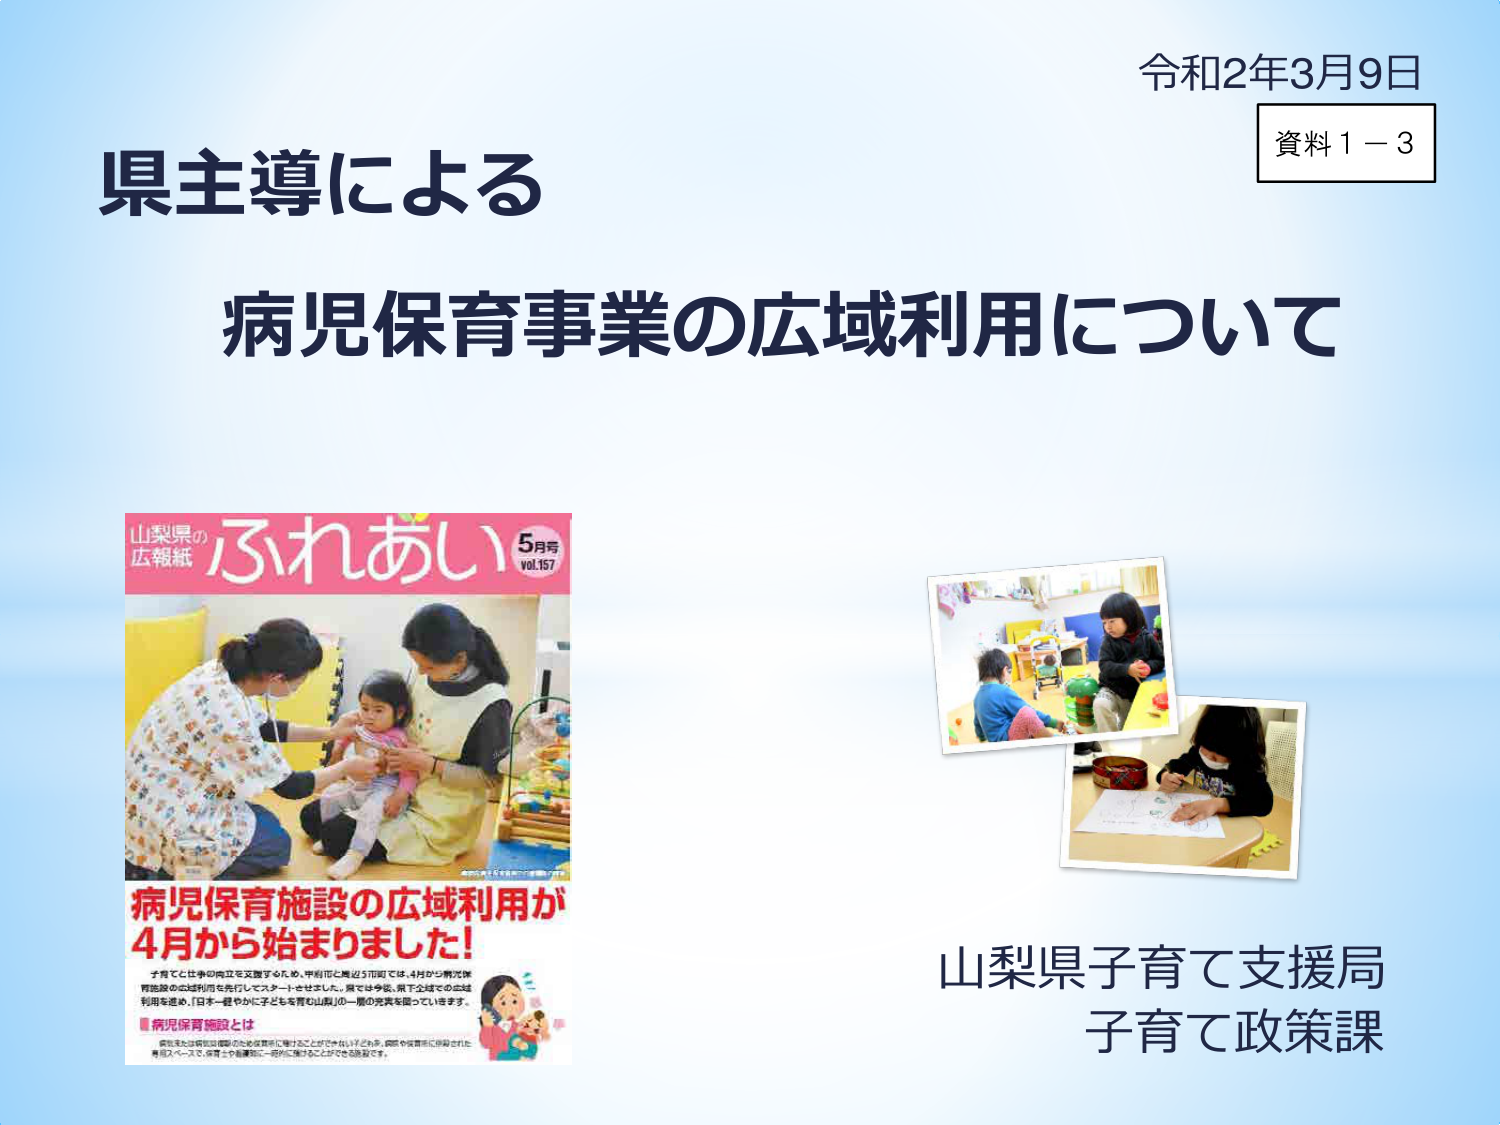
令和2年3月9日
資料１－３

県主導による
病児保育事業の広域利用について

山梨県の
広報紙 ふれあい 5月号
VOL.157

病児保育施設の広域利用が
4月から始まりました！

子育てと仕事の両立を支援するため、甲府市と周辺5市町では、4月から病児保育施設の広域利用を先行してスタートさせました。県では今後、県下全域での広域利用を進め、「日本一穏やかに子どもを育む山梨」の一層の充実を図っていきます。

■病児保育施設とは
病気または感染症のため保育所に通うことができない子どもが、病院や保育所に併設された専用スペースで、保育士や看護師と一緒に預けることができる施設です。

山梨県子育て支援局
子育て政策課